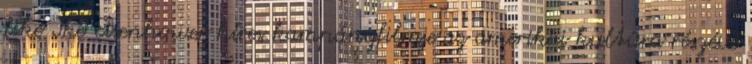
like Ike Eisenhower híres kampányfilmje az amerikai kultúra részévé